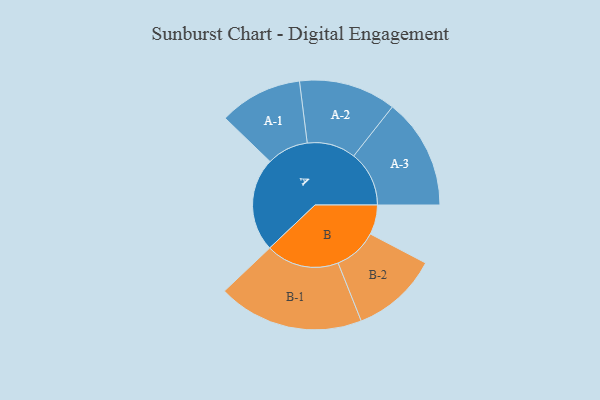
{"axis": {"x": "Segment", "y": "Value"}, "legend": ["", "A", "B"], "data": [{"x": "A", "y": 345, "type": ""}, {"x": "B", "y": 109, "type": ""}, {"x": "A-1", "y": 153, "type": "A"}, {"x": "A-2", "y": 179, "type": "A"}, {"x": "A-3", "y": 204, "type": "A"}, {"x": "B-1", "y": 269, "type": "B"}, {"x": "B-2", "y": 160, "type": "B"}]}